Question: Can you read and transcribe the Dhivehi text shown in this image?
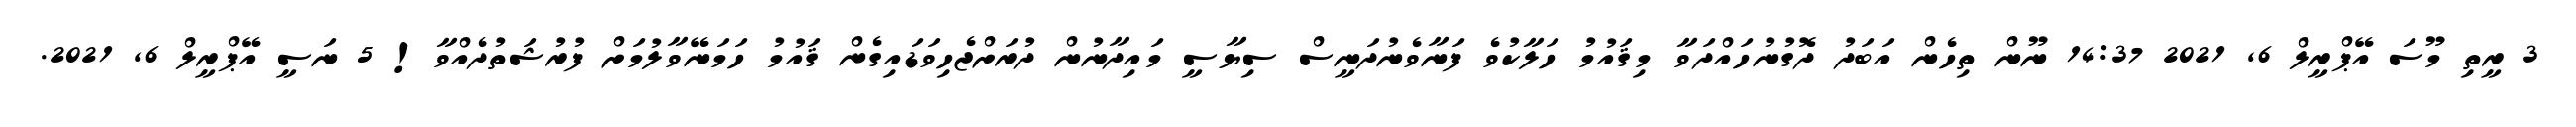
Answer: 3 ރީތި މޫސަ އޭޕްރީލް 6, 2021 14:37 ނޫން ތިހެން އަބަދު ދޮގުނުހައްދަވާ މިޤައުމު ހަލާކުވެ ފަނާވެނުދަނީސް ސިޔާސީ މައިދާނުން ދުރަށްޖެހިވަޑައިގެން ޤައުމު ހަމަނޭވާލުމަށް ފުރުޝަތުދެއްވާ! 5 ނަސީ އޭޕްރީލް 6, 2021.